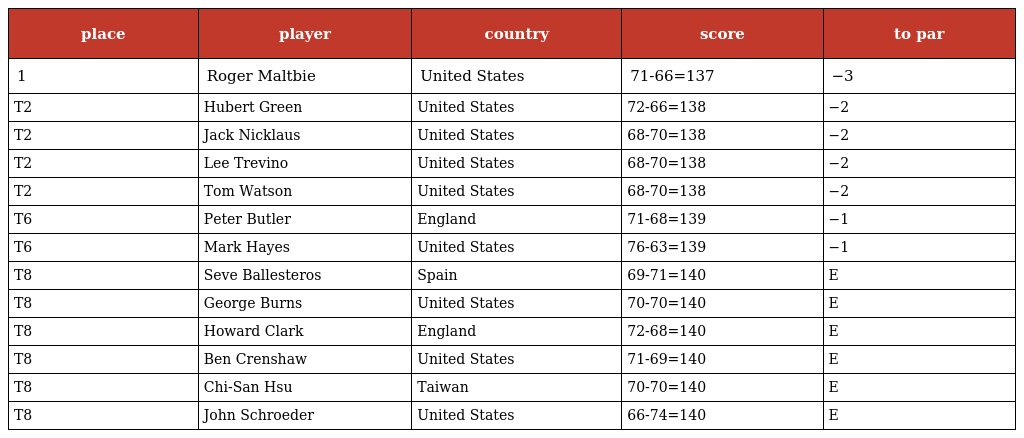
| place | player | country | score | to par |
 | --- | --- | --- | --- | --- |
 | 1 | Roger Maltbie | United States | 71-66=137 | −3 |
 | T2 | Hubert Green | United States | 72-66=138 | −2 |
 | T2 | Jack Nicklaus | United States | 68-70=138 | −2 |
 | T2 | Lee Trevino | United States | 68-70=138 | −2 |
 | T2 | Tom Watson | United States | 68-70=138 | −2 |
 | T6 | Peter Butler | England | 71-68=139 | −1 |
 | T6 | Mark Hayes | United States | 76-63=139 | −1 |
 | T8 | Seve Ballesteros | Spain | 69-71=140 | E |
 | T8 | George Burns | United States | 70-70=140 | E |
 | T8 | Howard Clark | England | 72-68=140 | E |
 | T8 | Ben Crenshaw | United States | 71-69=140 | E |
 | T8 | Chi-San Hsu | Taiwan | 70-70=140 | E |
 | T8 | John Schroeder | United States | 66-74=140 | E |